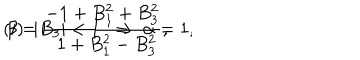
( i ) \ \ | B _ { 3 } | < 1 \ \ \Rightarrow \ \alpha = 1 , \hspace { 1 c m } \beta = \frac { - 1 + B _ { 1 } ^ { 2 } + B _ { 3 } ^ { 2 } } { \ \ 1 + B _ { 1 } ^ { 2 } - B _ { 3 } ^ { 2 } } ,